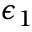
\epsilon _ { 1 }